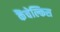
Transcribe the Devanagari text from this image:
कैंचेल्किस